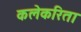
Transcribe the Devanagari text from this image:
कलेकरिता